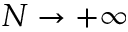
N \to + \infty